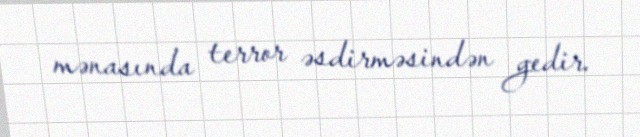
mənasında terror əsdirməsindən gedir.